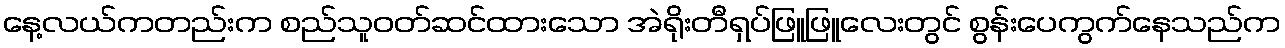
နေ့လယ်ကတည်းက စည်သူဝတ်ဆင်ထားသော အဲရိုးတီရှပ်ဖြူဖြူလေးတွင် စွန်းပေကွက်နေသည်က